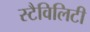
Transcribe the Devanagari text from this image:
स्टैविलिटी